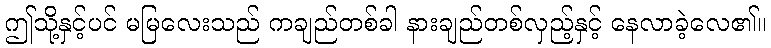
ဤသို့နှင့်ပင် မမြလေးသည် ကချည်တစ်ခါ နားချည်တစ်လှည့်နှင့် နေလာခဲ့လေ၏။